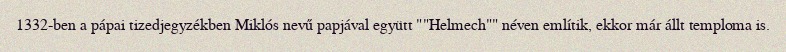
1332-ben a pápai tizedjegyzékben Miklós nevű papjával együtt ""Helmech"" néven említik, ekkor már állt temploma is.